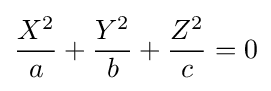
{\frac {X^{2}}{a}}+{\frac {Y^{2}}{b}}+{\frac {Z^{2}}{c}}=0